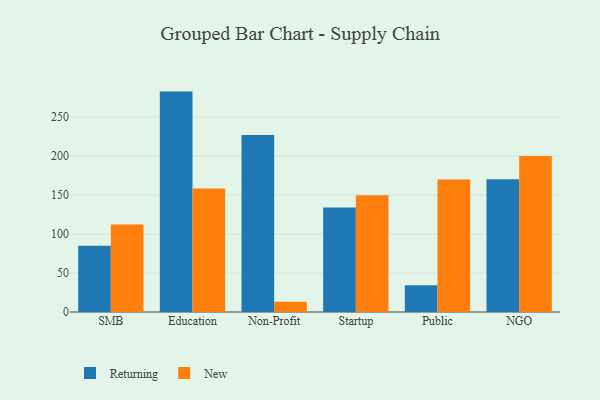
{"axis": {"x": "Segment", "y": "Latency (ms)"}, "legend": ["New", "Returning"], "data": [{"x": "SMB", "y": 85.0, "type": "Returning"}, {"x": "SMB", "y": 112.1, "type": "New"}, {"x": "Education", "y": 282.5, "type": "Returning"}, {"x": "Education", "y": 158.3, "type": "New"}, {"x": "Non-Profit", "y": 226.9, "type": "Returning"}, {"x": "Non-Profit", "y": 13.0, "type": "New"}, {"x": "Startup", "y": 133.9, "type": "Returning"}, {"x": "Startup", "y": 149.6, "type": "New"}, {"x": "Public", "y": 34.4, "type": "Returning"}, {"x": "Public", "y": 169.9, "type": "New"}, {"x": "NGO", "y": 170.1, "type": "Returning"}, {"x": "NGO", "y": 200.1, "type": "New"}]}